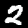
Digit: 2